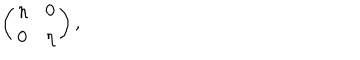
\left( \begin{array} { c c } { { \eta } } & { { 0 } } \\ { { 0 } } & { { \eta } } \\ \end{array} \right) ,